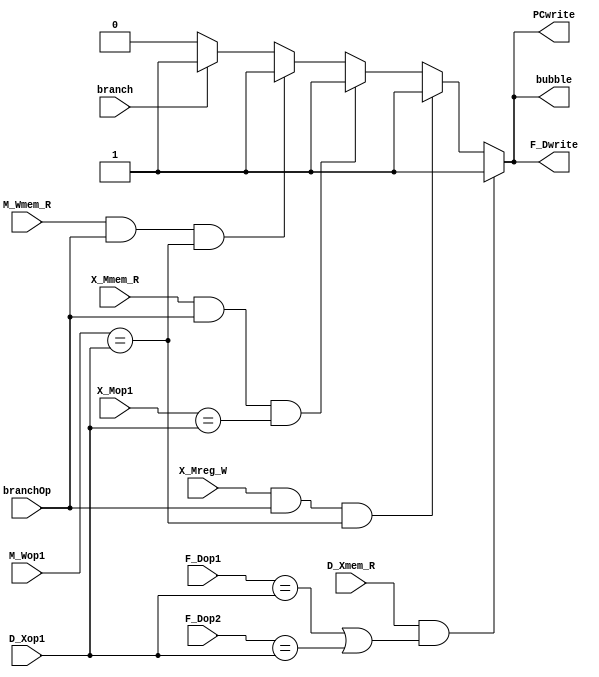
module HZD_DET( branchOp,branch, bubble, D_Xmem_R, X_Mmem_R, X_Mreg_W, M_Wmem_R, F_Dwrite, PCwrite, D_Xop1, F_Dop1, F_Dop2, X_Mop1, M_Wop1 );
input [3:0] D_Xop1, F_Dop1, F_Dop2, X_Mop1, M_Wop1;
input branchOp,branch, D_Xmem_R, X_Mmem_R, M_Wmem_R, X_Mreg_W;
output reg bubble, F_Dwrite, PCwrite;

always@(*)
begin
	// Load/read hazard
	if( D_Xmem_R && ( (F_Dop1 == D_Xop1) || (F_Dop2 == D_Xop1) ) ) begin
		bubble = 1;
		F_Dwrite = 1;
		PCwrite = 1;
	end

	// branch immediately is afer ALU instruction
	else if( X_Mreg_W && branchOp && (M_Wop1 == D_Xop1) ) begin
		bubble = 1;
		F_Dwrite = 1;
		PCwrite = 1;
	end

	// branch is immediately after load instruction
	else if( X_Mmem_R && branchOp && (X_Mop1 == D_Xop1) ) begin
		bubble = 1;
		F_Dwrite = 1;
		PCwrite = 1;
	end

	// branch is 2nd instruction after load instruction
	else if( M_Wmem_R && branchOp && (M_Wop1 == D_Xop1) ) begin
		bubble = 1;
		F_Dwrite = 1;
		PCwrite = 1;
	end

	// branch is taken
	else if( branch ) begin
		bubble = 1;
		F_Dwrite = 1;
		PCwrite = 1;
	end 
	
	// default state
	else begin
		bubble = 0;
		F_Dwrite = 0;
		PCwrite = 0;
	end
end

endmodule